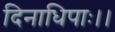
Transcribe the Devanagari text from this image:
दिनाधिपाः।।